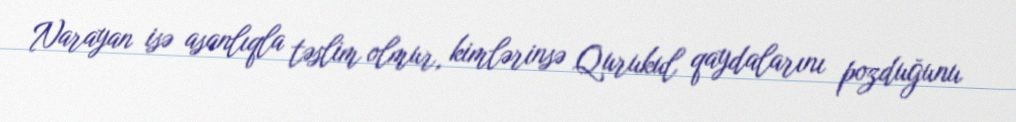
Narayan isə asanlıqla təslim olmur, kimlərinsə Qurukul qaydalarını pozduğunu